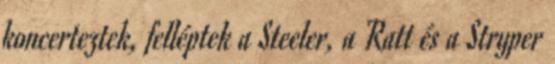
koncerteztek, felléptek a Steeler, a Ratt és a Stryper